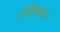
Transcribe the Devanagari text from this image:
लोवैनस्टीन